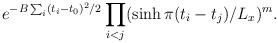
LaTeX: \begin{align*}e^{-B \sum_i (t_i-t_0)^2/2}\prod_{i<j} (\sinh \pi (t_i-t_j)/L_x)^m.\end{align*}